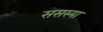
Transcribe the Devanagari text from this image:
ससस्या